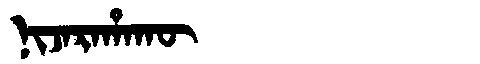
Manchu: ᠨᡳᠵᠠᡵᠠᡥᠠᡴᡡ
Romanization: NIJARAHAKŪ